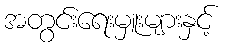
အတွင်းရေးမှူးများနှင့်